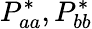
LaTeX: P_{aa}^{*},P_{bb}^{*}